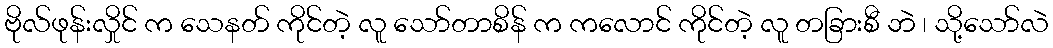
ဗိုလ်ဖုန်းလှိုင် က သေနတ် ကိုင်တဲ့ လူ သော်တာစိန် က ကလောင် ကိုင်တဲ့ လူ တခြားစီ ဘဲ ၊ သို့သော်လဲ